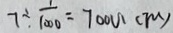
7 \div \frac { 1 } { 1 0 0 0 } = 7 0 0 0 ( m )